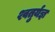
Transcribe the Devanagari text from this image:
श्वतुर्यज्ञ